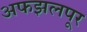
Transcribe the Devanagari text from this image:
अफझलपूर